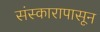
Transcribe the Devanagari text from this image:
संस्कारापासून